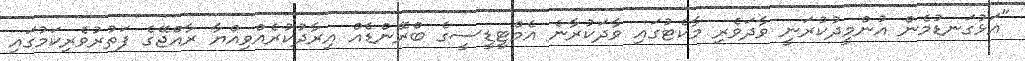
"އަޅުގަނޑުމެން އުންމީދުކުރަނީ ވާދަވެރި މާކެޓުގައި ވާދަކުރާނެ އެމްޓީޑީސީގެ ބްރޭންޑެއް އިރާދުކުރެއްވިއްޔާ ރާއްޖޭގެ ފަތުރުވެރިކަމުގައި